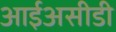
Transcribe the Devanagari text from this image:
आईअसीडी